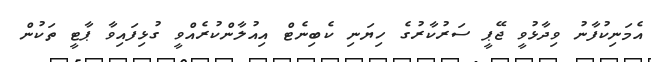
އެމަނިކުފާނު ވިދާޅުވީ ޖޭޕީ ސަރުކާރުގެ ހިޔަނި ކެބިނެޓް އިއުލާންކުރެއްވީ ގުޅިފައިވާ ޕާޓީ ތަކުން